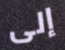
إلى